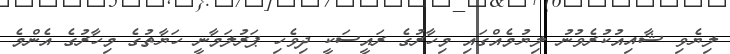
ލިޔެވި ޝާއިއުކުރެވުނު ލިޔުމެއްގައި މިހާރުގެ ރައީސަކީ ދިވެހި ޕަރުލަމާނީ ހަޔާތުގެ މިހާރުގެ އެންމެ